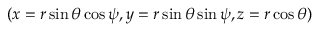
( x = r \sin \theta \cos \psi , y = r \sin \theta \sin \psi , z = r \cos \theta )